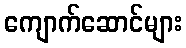
ကျောက်ဆောင်များ